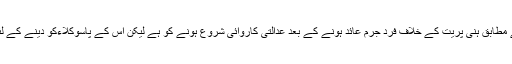
ٹائمز آف انڈیا کے مطابق ہنی پریت کے خلاف فرد جرم عائد ہونے کے بعد عدالتی کاروائی شروع ہونے کو ہے لیکن اس کے پاسوکلاءکو دینے کے لئے کچھ بھی نہیں۔